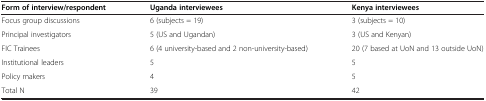
<table><thead><tr><td><b>Form of interview/respondent</b></td><td><b>Uganda interviewees</b></td><td><b>Kenya interviewees</b></td></tr></thead><tbody><tr><td>Focus group discussions</td><td>6 (subjects = 19)</td><td>3 (subjects = 10)</td></tr><tr><td>Principal investigators</td><td>5 (US and Ugandan)</td><td>3 (US and Kenyan)</td></tr><tr><td>FIC Trainees</td><td>6 (4 university-based and 2 non-university-based)</td><td>20 (7 based at UoN and 13 outside UoN)</td></tr><tr><td>Institutional leaders</td><td>5</td><td>5</td></tr><tr><td>Policy makers</td><td>4</td><td>5</td></tr><tr><td>Total N</td><td>39</td><td>42</td></tr></tbody></table>